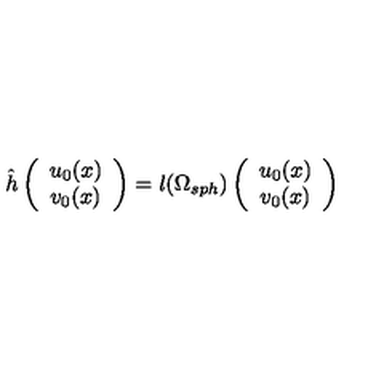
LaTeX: \hat { h } \left( \begin{array} { c } { u _ { 0 } ( x ) } \\ { v _ { 0 } ( x ) } \\ \end{array} \right) = l ( \Omega _ { s p h } ) \left( \begin{array} { c } { u _ { 0 } ( x ) } \\ { v _ { 0 } ( x ) } \\ \end{array} \right)